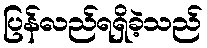
ပြန်လည်ရရှိခဲ့သည်